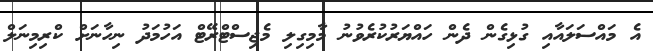
އެ މައްސަލައާއި ގުޅިގެން ދެން ހައްޔަރުކުރެވުނު މާމިގިލި މެޖިސްޓްރޭޓް އަހުމަދު ނިހާނަށް ކްރިމިނަލް